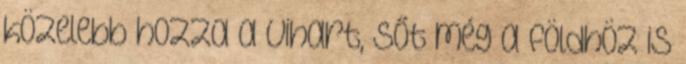
közelebb hozza a vihart, sőt még a földhöz is